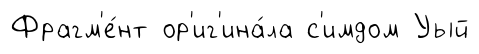
Фрагм'е́нт ор'иг'ина́ла с'имдом Уый